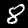
Digit: 8